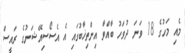
މެއި މަހުގެ 18 ވަނަ ދުވަހު ބާއްވާ އިންތިޚާބުގައި އެ އެސޯސިއޭޝަނުގެ ރައީސް